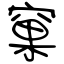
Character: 窠